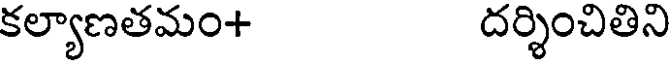
కల్యాణతమం+ దర్శించితిని